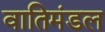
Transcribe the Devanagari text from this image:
वातिमंडल